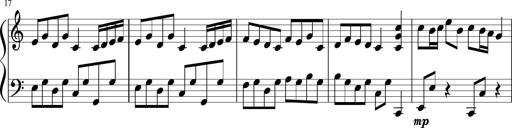
Title: Sonatine Nr.1 in C-Dur
Composer: DÃ©sirÃ©e Manns
Key: C major